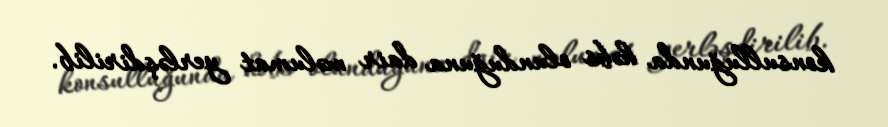
konsulluğunda həbs olunduğuna dair məlumat yerləşdirilib.